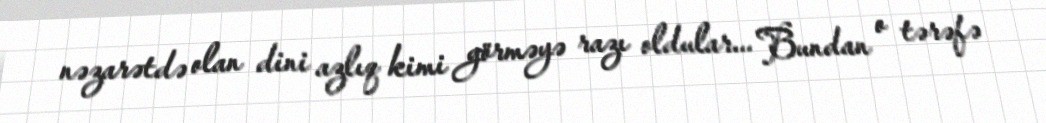
nəzarətdə olan dini azlıq kimi görməyə razı oldular... Bundan o tərəfə